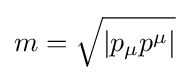
m={\sqrt {|p_{\mu }p^{\mu }|}}